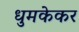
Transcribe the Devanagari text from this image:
धुमकेकर